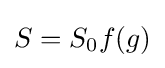
S=S_{0}f(g)